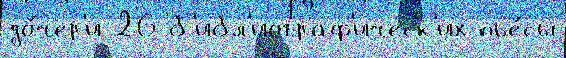
до́чер'и 26 б'ибл'иограф'ическ'их пье́сы